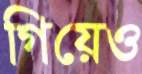
গিয়েও